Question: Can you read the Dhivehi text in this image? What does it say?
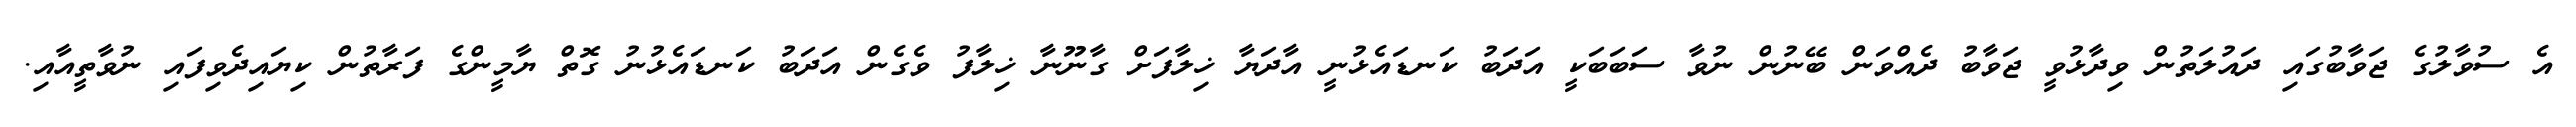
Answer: އެ ސުވާލުގެ ޖަވާބުގައި ދައުލަތުން ވިދާޅުވީ ޖަވާބު ދެއްވަން ބޭނުން ނުވާ ސަބަބަކީ އަދަބު ކަނޑައެޅުނީ އާދަޔާ ޚިލާފަށް ގާނޫނާ ޚިލާފު ވެގެން އަދަބު ކަނޑައެޅުނު ގޮތް ޔާމީންގެ ފަރާތުން ކިޔައިދެވިފައި ނުވާތީއާއި.